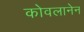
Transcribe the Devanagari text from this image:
कोवलानेन